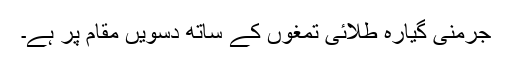
جرمنی گیارہ طلائی تمغوں کے ساتھ دسویں مقام پر ہے۔